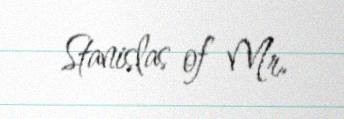
Stanislas of Mr.